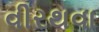
વીરથવા